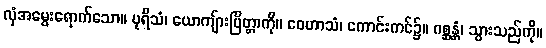
လှံအမွေးရောက်သော။ ပုရိသံ၊ ယောကျ်ားပြိတ္တာကို။ ဝေဟာသံ၊ ကောင်းကင်၌။ ဂစ္ဆန္တံ၊ သွားသည်ကို။